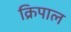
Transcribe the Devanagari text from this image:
क्रिपाल